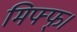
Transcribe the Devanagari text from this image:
मिफ्फ्।